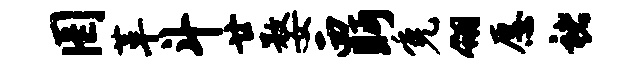
罔革斗廿婺西眄免翎愿褚